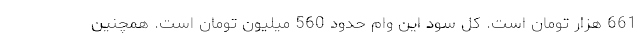
661 هزار تومان است. کل سود این وام حدود 560 میلیون تومان است. همچنین